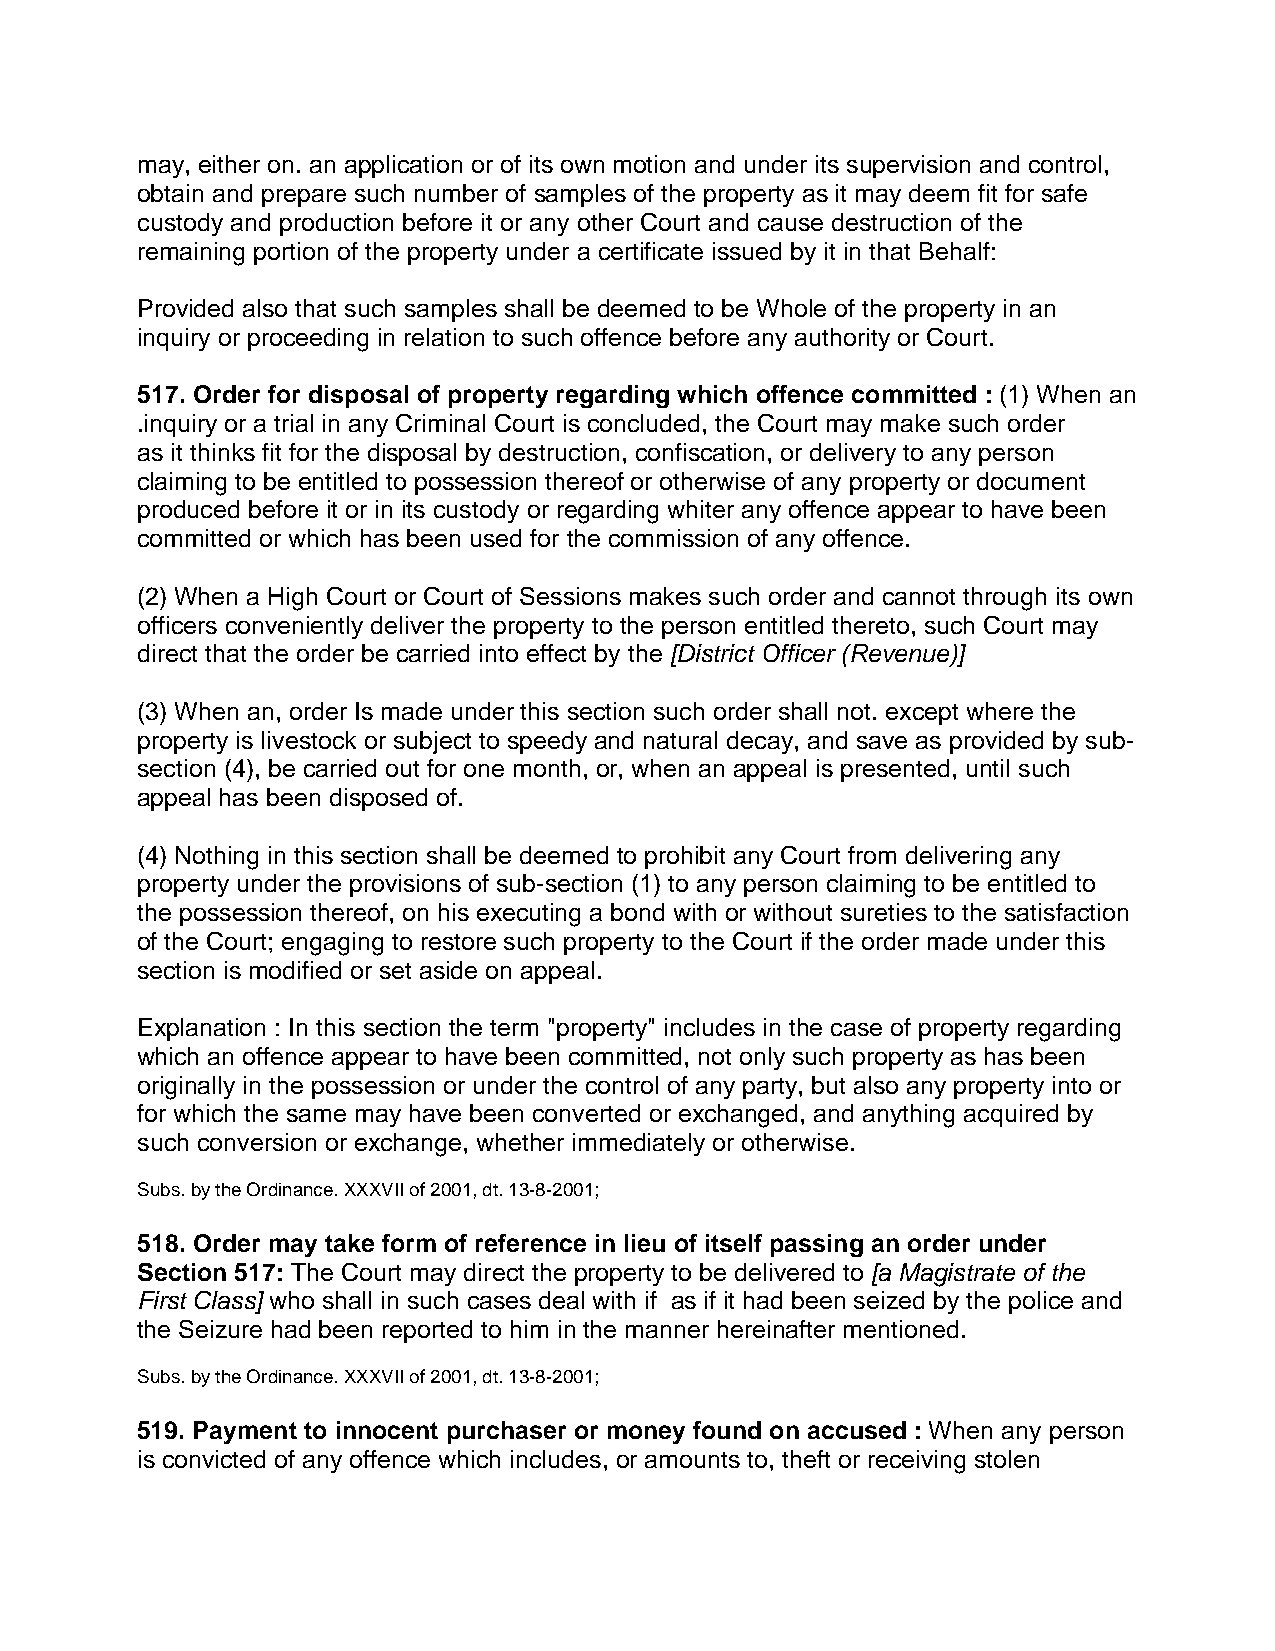
may, either on. an application or of its own motion and under its supervision and control,
 obtain and prepare such number of samples of the property as it may deem fit for safe
 custody and production before it or any other Court and cause destruction of the
 remaining portion of the property under a certificate issued by it in that Behalf:
 Provided also that such samples shall be deemed to be Whole of the property in an
 inquiry or proceeding in relation to such offence before any authority or Court.
 517. Order for disposal of property regarding which offence committed : (1) When an
 .inquiry or a trial in any Criminal Court is concluded, the Court may make such order
 as it thinks fit for the disposal by destruction, confiscation, or delivery to any person
 claiming to be entitled to possession thereof or otherwise of any property or document
 produced before it or in its custody or regarding whiter any offence appear to have been
 committed or which has been used for the commission of any offence.
 (2) When a High Court or Court of Sessions makes such order and cannot through its own
 officers conveniently deliver the property to the person entitled thereto, such Court may
 direct that the order be carried into effect by the [District Officer (Revenue)]
 (3) When an, order Is made under this section such order shall not. except where the
 property is livestock or subject to speedy and natural decay, and save as provided by sub-
 section (4), be carried out for one month, or, when an appeal is presented, until such
 appeal has been disposed of.
 (4) Nothing in this section shall be deemed to prohibit any Court from delivering any
 property under the provisions of sub-section (1) to any person claiming to be entitled to
 the possession thereof, on his executing a bond with or without sureties to the satisfaction
 of the Court; engaging to restore such property to the Court if the order made under this
 section is modified or set aside on appeal.
 Explanation : In this section the term "property" includes in the case of property regarding
 which an offence appear to have been committed, not only such property as has been
 originally in the possession or under the control of any party, but also any property into or
 for which the same may have been converted or exchanged, and anything acquired by
 such conversion or exchange, whether immediately or otherwise.
 Subs. by the Ordinance. XXXVII of 2001, dt. 13-8-2001;
 518. Order may take form of reference in lieu of itself passing an order under
 Section 517: The Court may direct the property to be delivered to [a Magistrate of the
 First Class] who shall in such cases deal with if as if it had been seized by the police and
 the Seizure had been reported to him in the manner hereinafter mentioned.
 Subs. by the Ordinance. XXXVII of 2001, dt. 13-8-2001;
 519. Payment to innocent purchaser or money found on accused : When any person
 is convicted of any offence which includes, or amounts to, theft or receiving stolen